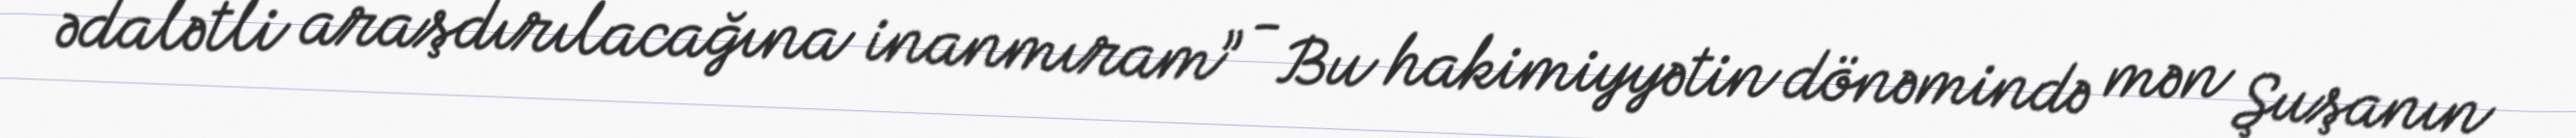
ədalətli araşdırılacağına inanmıram” - Bu hakimiyyətin dönəmində mən Şuşanın